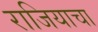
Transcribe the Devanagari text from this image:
राजियाचा